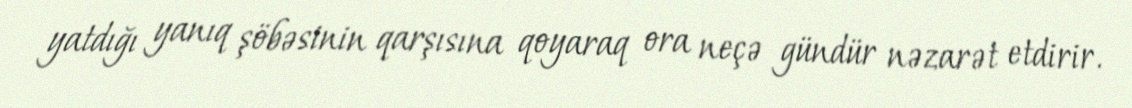
yatdığı yanıq şöbəsinin qarşısına qoyaraq ora neçə gündür nəzarət etdirir.